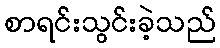
စာရင်းသွင်းခဲ့သည်